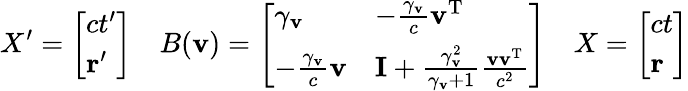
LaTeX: X^{\prime}={\left[\begin{array}{l}{ct^{\prime}}\\ {\mathbf{r}^{\prime}}\end{array}\right]}\quad B(\mathbf{v})={\left[\begin{array}{ll}{\gamma_{\mathbf{v}}}&{-{\frac{\gamma_{\mathbf{v}}}{c}}\mathbf{v}^{\mathrm{T}}}\\ {-{\frac{\gamma_{\mathbf{v}}}{c}}\mathbf{v}}&{\mathbf{I}+{\frac{\gamma_{\mathbf{v}}^{2}}{\gamma_{\mathbf{v}}+1}}{\frac{\mathbf{vv}^{\mathrm{T}}}{c^{2}}}}\end{array}\right]}\quad X={\left[\begin{array}{l}{ct}\\ {\mathbf{r}}\end{array}\right]}